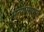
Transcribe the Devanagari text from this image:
संन्यासप्रमुख